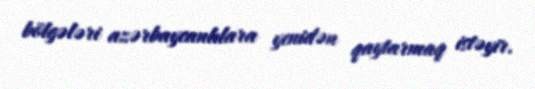
bölgələri azərbaycanlılara yenidən qaytarmaq istəyir.